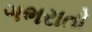
ગભરાતો